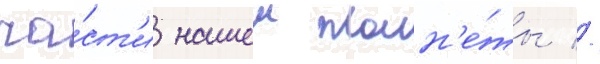
ча́ст'и нашеи план'е́ты //